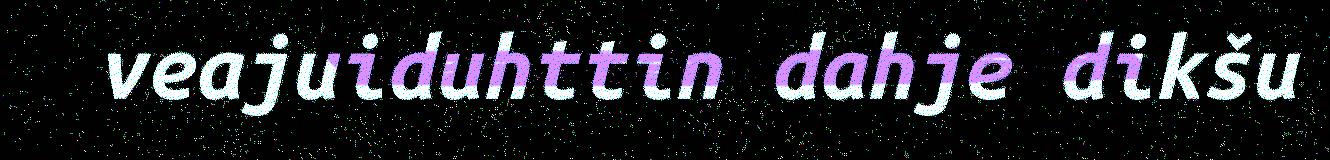
veajuiduhttin dahje dikšu